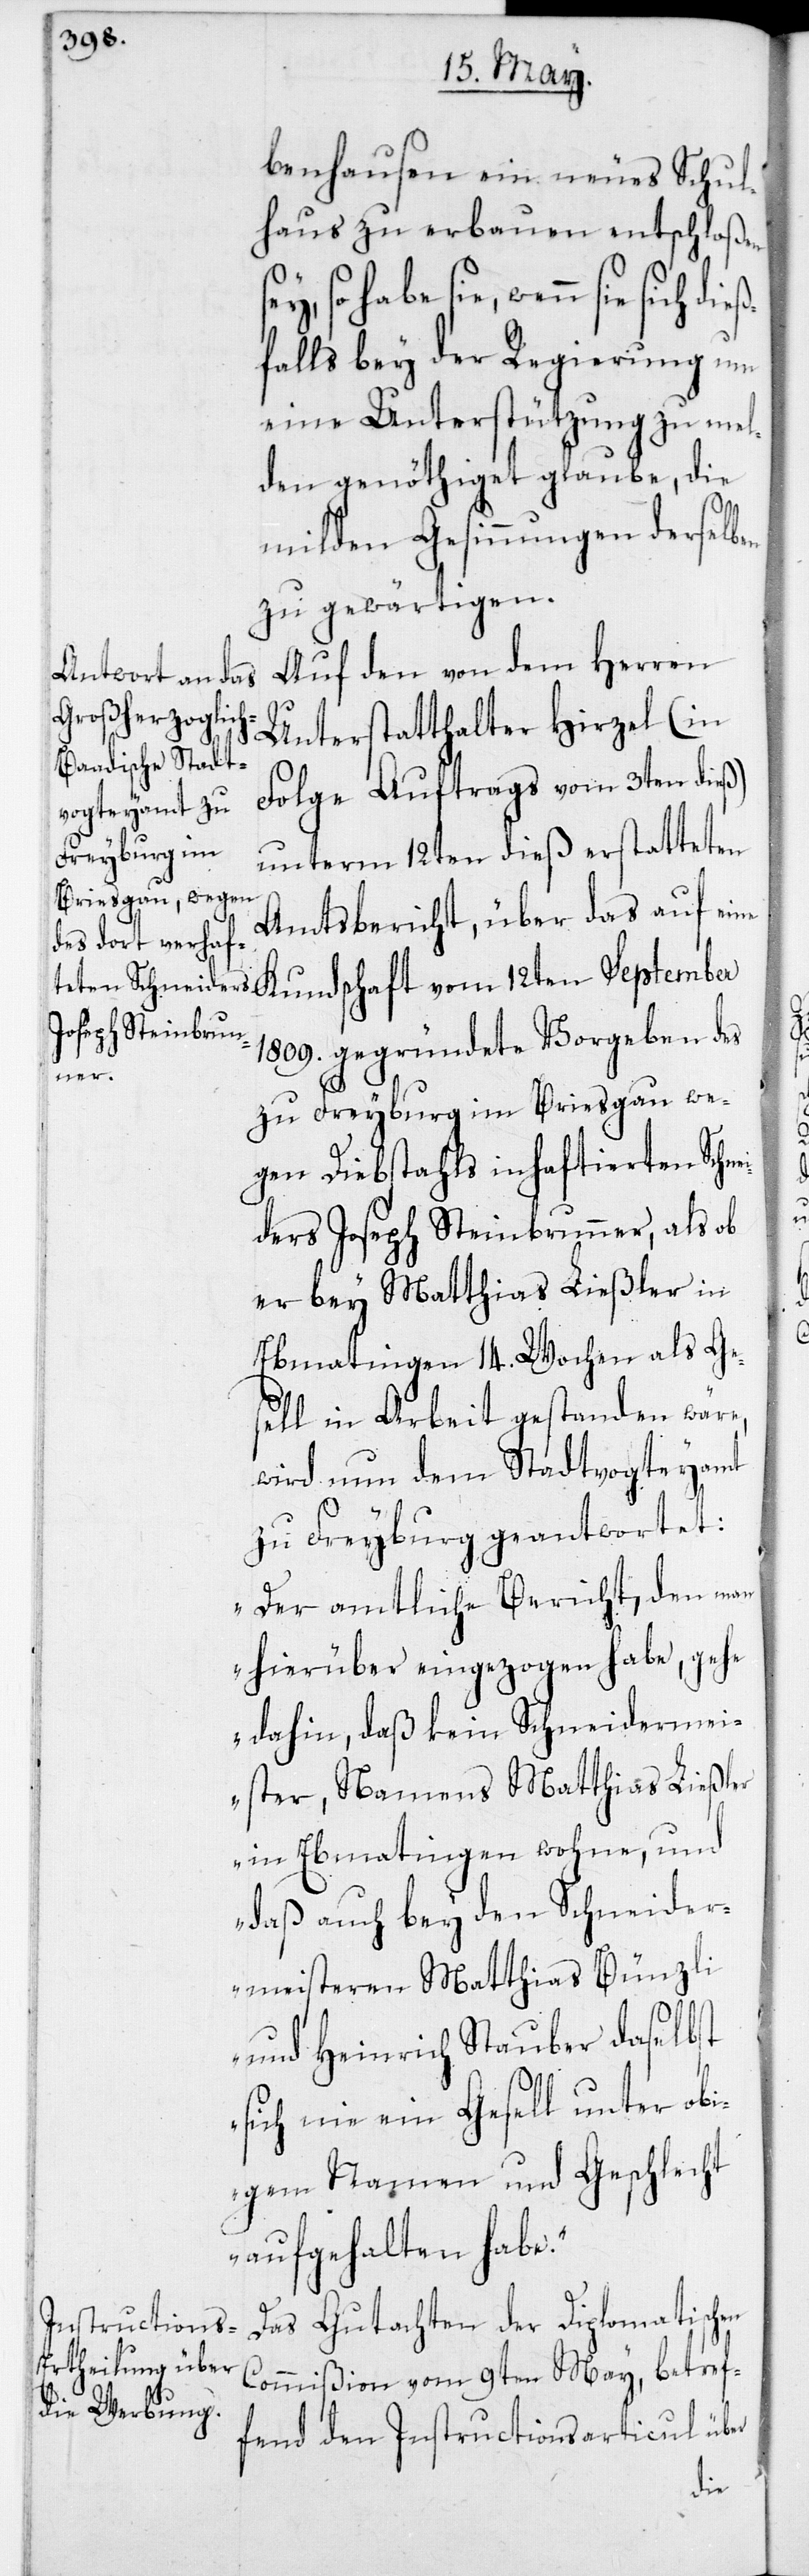
benhausen ein neues Schul¬
haus zu erbauen entschloßen
so habe sie, wenn sie sich
ßfalls bey der Regierung um
eine Unterstützung zu mel¬
den genöthiget glaube, die
milden Gesinnungen derselben
zu gewärtigen.
Auf den von dem Herren
Unterstatthalter Hirzel (in
Folge Auftrags vom 3ten dieß)
unterm 12ten dieß erstatteten
Amtsbericht, über das auf eine
1809. gegründete Vorgeben des
zu Freyburg im Breisgau we¬
gen Diebstahls inhaftierten Schne¬
iders Joseph Steinbrunner, als ob
er bey Matthias Ließler in
Ebmatingen 14. Wochen als Ge¬
sell in Arbeit gestanden wäre,
wird nun dem Stadtvogteyamt
zu Freyburg geantwortet:
„Der amtliche Bericht, den man
hierüber eingezogen habe, gehe
dahin, daß kein Schneidermei¬
ster Namens Matthias Ließler
in Ebmatingen wohne, und
daß auch bey den Schneider¬
meisteren Matthias Bünzli
und Heinrich Stauber daselbst
sich nie ein Gesell unter obi¬
gem Namen und Geschlecht
aufgehalten habe.“
Das Gutachten der Diplomatischen
Commißion vom 9ten May, betref¬
fend den Instructionsarticul über
die¬